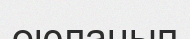
оюланып